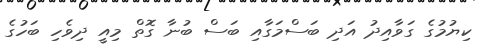
ކިޔުމުގެ ގަވާއިދު އަދި ބަސްމަގާއި ބަސް ބުނާ ގޮތް މިއީ ދިވެހި ބަހުގެ